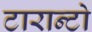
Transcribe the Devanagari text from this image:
टारान्टो